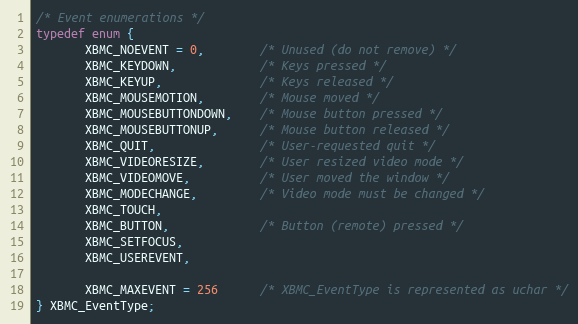
Language: C
/* Event enumerations */
typedef enum {
       XBMC_NOEVENT = 0,        /* Unused (do not remove) */
       XBMC_KEYDOWN,            /* Keys pressed */
       XBMC_KEYUP,              /* Keys released */
       XBMC_MOUSEMOTION,        /* Mouse moved */
       XBMC_MOUSEBUTTONDOWN,    /* Mouse button pressed */
       XBMC_MOUSEBUTTONUP,      /* Mouse button released */
       XBMC_QUIT,               /* User-requested quit */
       XBMC_VIDEORESIZE,        /* User resized video mode */
       XBMC_VIDEOMOVE,          /* User moved the window */
       XBMC_MODECHANGE,         /* Video mode must be changed */
       XBMC_TOUCH,
       XBMC_BUTTON,             /* Button (remote) pressed */
       XBMC_SETFOCUS,
       XBMC_USEREVENT,

       XBMC_MAXEVENT = 256      /* XBMC_EventType is represented as uchar */
} XBMC_EventType;